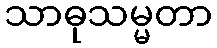
သာဓုသမ္မတာ